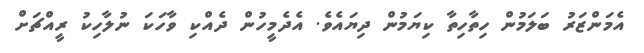
އެމަންޒަރު ބަލަމުން ހިތާހިތާ ކިޔަމުން ދިޔައެވެ. އެދެމީހުން ދެއްކި ވާހަކަ ނުލާހިކު ރީއްޗަށް